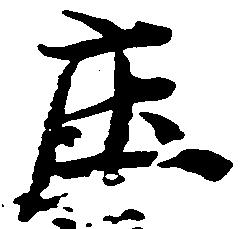
庄